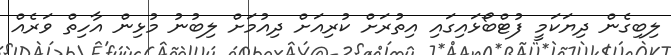
ލިބިގެން ދިޔަކަމީ ފުޓްބޯޅައިގައި އިތުރަށް ކުރިއަށް ދިއުމަށް ލިބުނު މުޅިން އާހިތް ވަރެއް